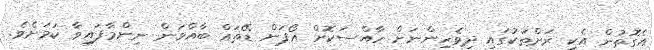
އެގޮތުން އެކި ރަށްތަކުގައި ދިވެހިންނަށް ހާއްސަކޮށް އޯޕަން ޑޭތައް ބާއްވަން ނިންމާފައިވާ ކަމަށެވެ.